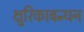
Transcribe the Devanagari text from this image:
क्षुरिकाबन्धन